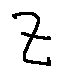
z